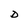
Character: D